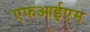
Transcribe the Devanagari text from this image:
एफआईएम